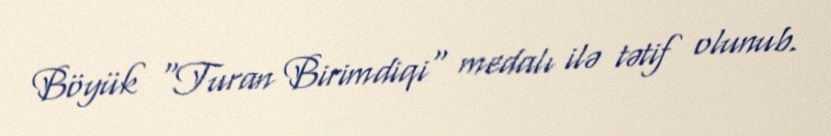
Böyük "Turan Birimdiqi" medalı ilə tətif olunub.